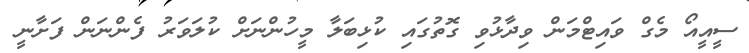
ސީއީއޯ މެގް ވައިޓްމަން ވިދާޅުވި ގޮތުގައި ކުޅިބަލާ މީހުންނަށް ކުލަވަރު ފެންނަން ފަށާނީ